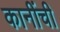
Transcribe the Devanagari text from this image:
कानींची